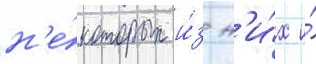
н'е́которых и́з н'и́х и́